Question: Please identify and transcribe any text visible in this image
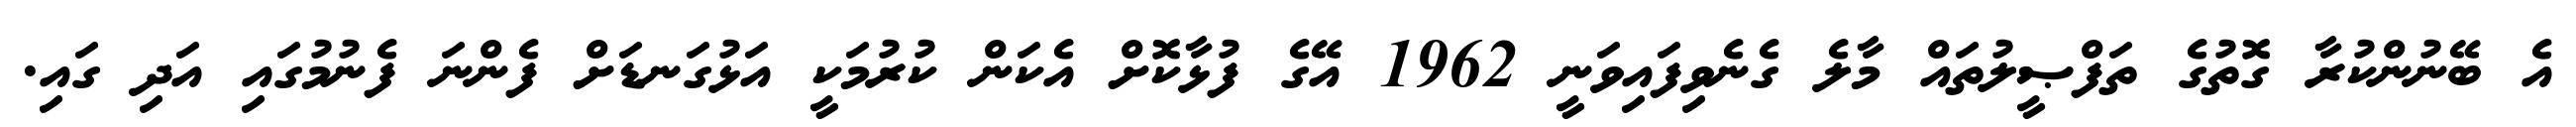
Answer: އެ ބޭނުންކުރާ ގޮތުގެ ތަފްޞީލުތައް މާލެ ގެނެވިފައިވަނީ 1962 އޭގެ ފުޅާކޮށް އެކަން ކުރުމަކީ އަޅުގަނޑަށް ފެންނަ ފެނުމުގައި އަދި ގައި.